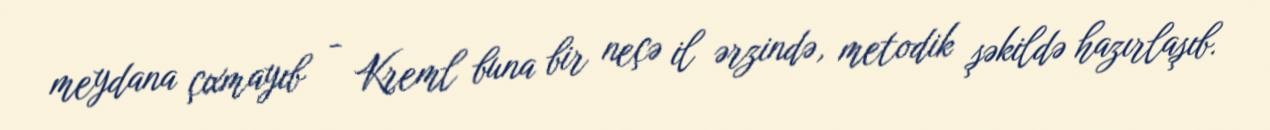
meydana çıxmayıb - Kreml buna bir neçə il ərzində, metodik şəkildə hazırlaşıb.